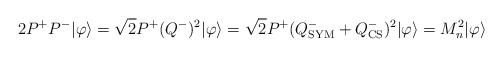
\begin{align*}2P^+P^-|\varphi\rangle=\sqrt{2}P^+(Q^-)^2|\varphi\rangle=\sqrt{2}P^+(Q^-_{\rm SYM}+Q^-_{\rm CS})^2|\varphi\rangle=M^2_n|\varphi\rangle\end{align*}